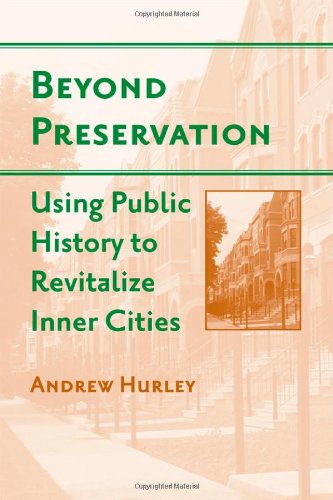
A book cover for Beyond Preservation: Using Public History to Revitalize Inner Cities (Urban Life, Landscape and Policy); Andrew Hurley; Arts & Photography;